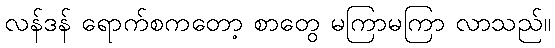
လန်ဒန် ရောက်စကတော့ စာတွေ မကြာမကြာ လာသည်။